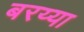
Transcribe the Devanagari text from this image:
बरय्या